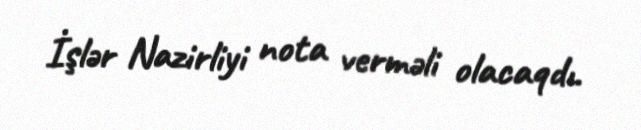
İşlər Nazirliyi nota verməli olacaqdı.